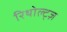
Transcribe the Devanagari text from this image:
रिथोल्ट्ज़